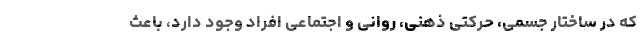
که در ساختار جسمی، حرکتی ذهنی، روانی و اجتماعی افراد وجود دارد، باعث